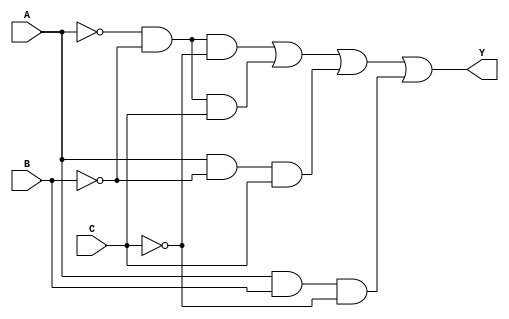
module SOP_Simplification (
    input wire A,  // Input variable A
    input wire B,  // Input variable B
    input wire C,  // Input variable C
    output wire Y  // Output of the SOP expression
);

// Define the simplified SOP expression based on the truth table
// For example, let's assume the minterms are 1, 2, 5, and 6
// Minterm 1: A'B'C' (000)
// Minterm 2: A'B'C  (001)
// Minterm 5: AB'C  (101)
// Minterm 6: ABC'  (110)

// The simplified SOP expression can be represented as:
// Y = A'B'C' + A'B'C + AB'C + ABC'

// Implementing the SOP expression
assign Y = (~A & ~B & ~C) | (~A & ~B & C) | (A & ~B & C) | (A & B & ~C);

endmodule